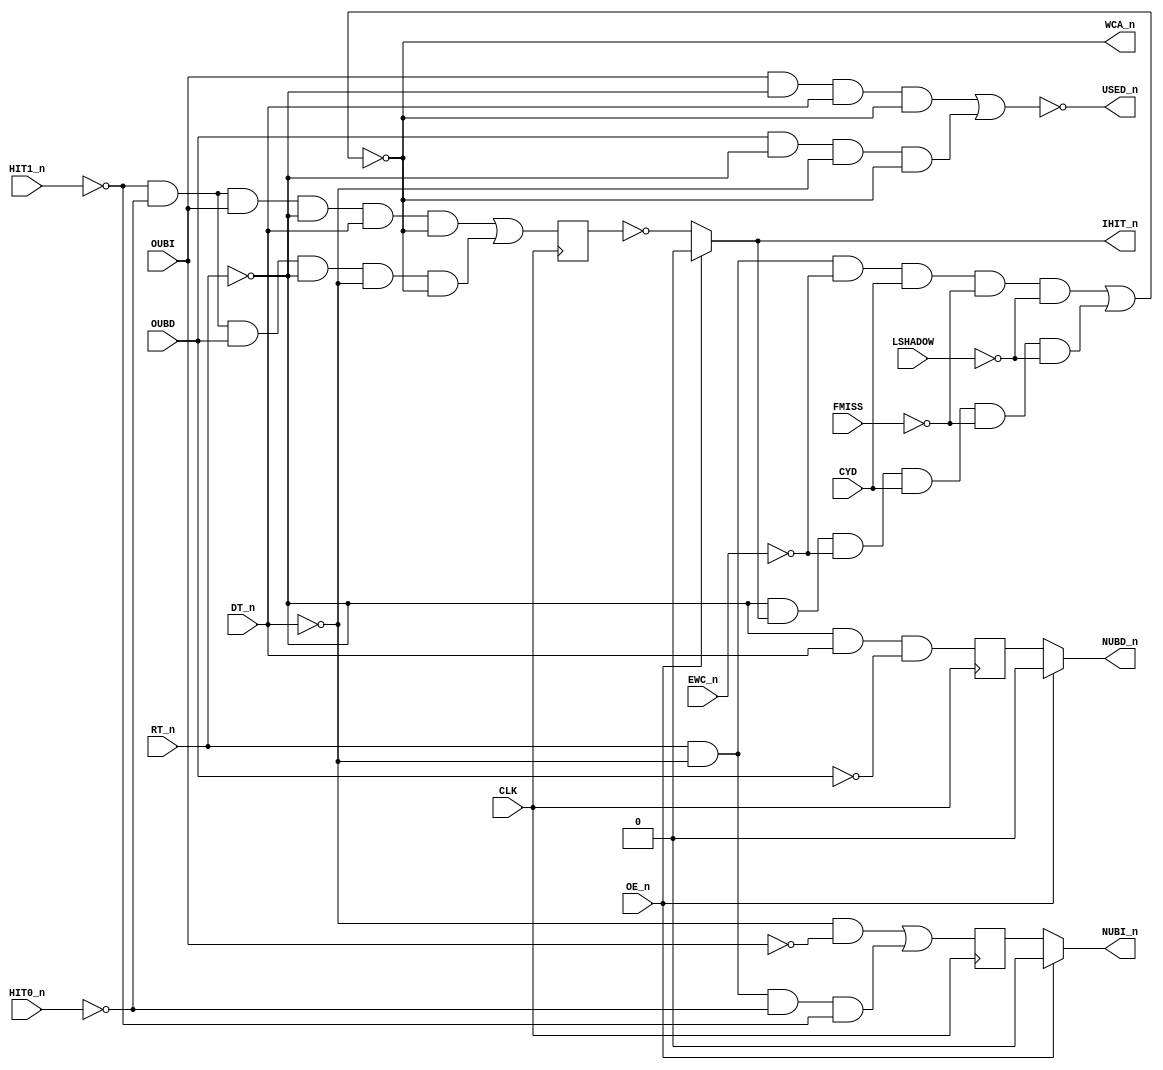
// PAL16R4
// JLB/CJTC 8AUG86
// 44402D,18F,UBITS


// PCB 3202D sheet 25:
//
// PAL input signal PD2 is connected to PAL OE_n (and PD1 to PD4 is ALWAYS 0/FALSE in the 3202 circuit board)
//     input signal UCLK is connectec to PAL CK pin



// PAL16R4D (https://rocelec.widen.net/view/pdf/c6dwcslffz/VANTS00080-1.pdf)

// I/O 1,2, 7 and 8 (Pins B0 to B3) is not controlled by OE_n, only O3,O4,O5 and O6 (Pin's Q0-Q3)
// NOTE: B0 to B3 is input OR output depending on PALASM code.

// Four D flip-flops controlled by CLK signal (and reads input to flip-flop O3,O4,O5 and O6) when transision from LOW to HIGH.
// O3-O6 output is controlled by OE_n (HIGH signal means output is three-state)


module PAL_44402D(
    input CLK,          // Clock signal
    input OE_n,         // OUTPUT ENABLE (active-low) for Q0-Q3

    input DT_n,         // I0
    input RT_n,         // I1
    input LSHADOW,      // I2
    input FMISS,        // I3
    input CYD,          // I4
    input HIT0_n,       // I5
    input HIT1_n,       // I6
    input EWC_n,        // I7

    output USED_n,      // B0_n
    output WCA_n,       // B1_n (new input for 44404D)
    input OUBI,         // B2_n (Signal input from CHIP 21F)
    input OUBD,         // B3_n (Signal input from CHIP 21F)
    
    output NUBI_n,      // Q0_n
    output NUBD_n,      // Q1_n 
                        // Q2_n (not connected, no signal)
    output IHIT_n       // Q3_n (not connected signal?)    
);

// CLK and /OE impacts signals:
//  Q0 = /NUBI, Q1=/NUBD, Q2= n.c., Q3= /IHIT (seems like its not connected to anything)

// Registers for CLOCKED signals
reg NUBI_n_reg;
reg NUBD_n_reg;
reg IHIT_reg;


// Creating non-negated wires for active-low inputs
wire DT = ~DT_n;
wire HIT0 = ~HIT0_n;
wire HIT1 = ~HIT1_n;
wire EWC = ~EWC_n;

// Creating negated wires for active-high inputs
wire OUBI_n = ~OUBI;
wire OUBD_n = ~OUBD;
wire RT = ~RT_n;
wire FMISS_n = ~FMISS;
wire LSHADOW_n = ~LSHADOW;

// Flip-flop logic for Q0, Q1, Q2 and Q3 (Asyncronous D flip-flop)
always @(posedge CLK) begin


    // Logic for NUBI_n (Q0 - active-low)
    NUBI_n_reg <= (DT & OUBI_n)             |               // READ OR WRITE KEEP OLD VALUE
                  (RT_n & DT & HIT0 & HIT1);                // CLEAR IF WRITE WITH HIT

    // Logic for NUBD_n (Q1 - active-low)
    NUBD_n_reg <= (RT & DT_n & OUBD_n);                     // IF FETCH KEEP OLD VALUE

    // Logic for IHIT (Q3)
    IHIT_reg <= (HIT1 & HIT0 & OUBI & RT & DT_n & WCA_n) |  // FETCH
                 (HIT1 & HIT0 & OUBD & RT & DT & WCA_n);    // READ

end

// Output logic for Q0_n, Q1_n, Q2_n

// Q0
assign NUBI_n = OE_n ? 1'b0 : NUBI_n_reg;

// Q1
assign NUBD_n = OE_n ? 1'b0 : NUBD_n_reg;

// Q3
assign IHIT_n = OE_n ? 1'b0 : ~IHIT_reg;



// Logic for USED_n (active-low)
assign USED_n = ~(
                    (OUBI & RT & DT_n & WCA_n) |    // FETCH
                    (OUBD & RT & DT & WCA_n)        // READ
);

// Logic for WCA_n (active-low)
assign WCA_n = ~(
                    (RT_n & DT & EWC & CYD & FMISS_n & LSHADOW_n) | // WRITE OUTSIDE SHADOW
                    (RT & IHIT_n & EWC & CYD & FMISS_n & LSHADOW_n) // FETCH/READ WITHOUT HIT OUTSIDE SHADOW
);


endmodule